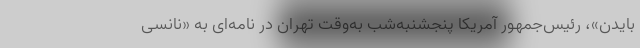
بایدن»، رئیس‌جمهور آمریکا پنجشنبه‌شب به‌وقت تهران در نامه‌ای به «نانسی